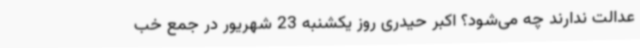
عدالت ندارند چه می‌شود؟ اکبر حیدری روز یکشنبه 23 شهریور در جمع خب